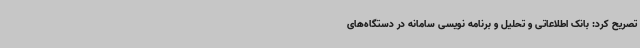
تصریح کرد: بانک اطلاعاتی و تحلیل و برنامه نویسی سامانه در دستگاه‌های